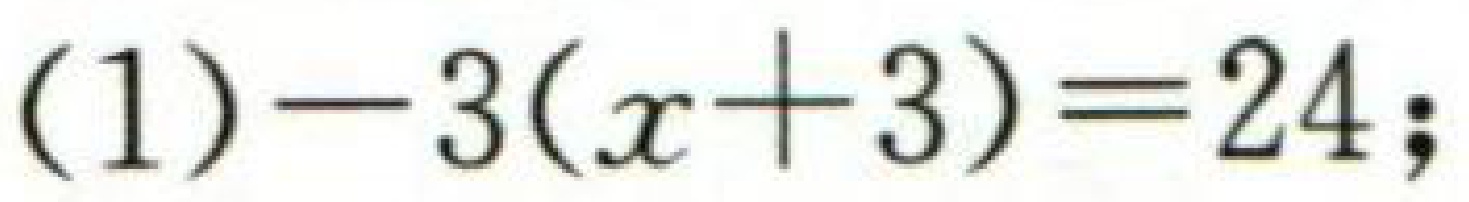
\((1)-3(x + 3)==24;\)